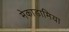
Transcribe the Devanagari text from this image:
मेकाडामिया